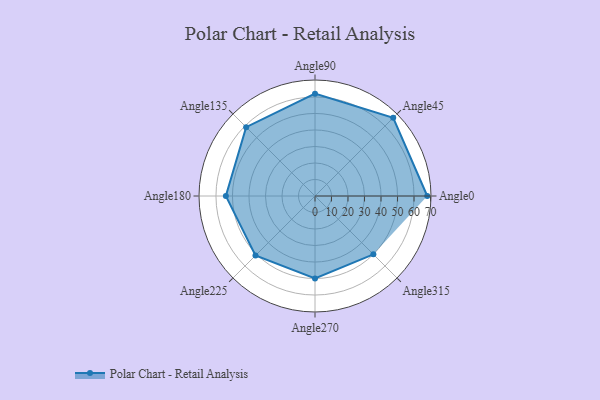
{"axis": {"x": "Angle", "y": "Radius"}, "legend": [""], "data": [{"x": "Angle0", "y": 68.0, "type": ""}, {"x": "Angle45", "y": 67.0, "type": ""}, {"x": "Angle90", "y": 62.0, "type": ""}, {"x": "Angle135", "y": 59.0, "type": ""}, {"x": "Angle180", "y": 54.0, "type": ""}, {"x": "Angle225", "y": 51.0, "type": ""}, {"x": "Angle270", "y": 50, "type": ""}, {"x": "Angle315", "y": 50, "type": ""}]}